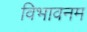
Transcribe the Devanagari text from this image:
विभावनम